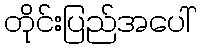
တိုင်းပြည်အပေါ်